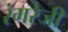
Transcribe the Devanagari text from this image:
रंगरेजी